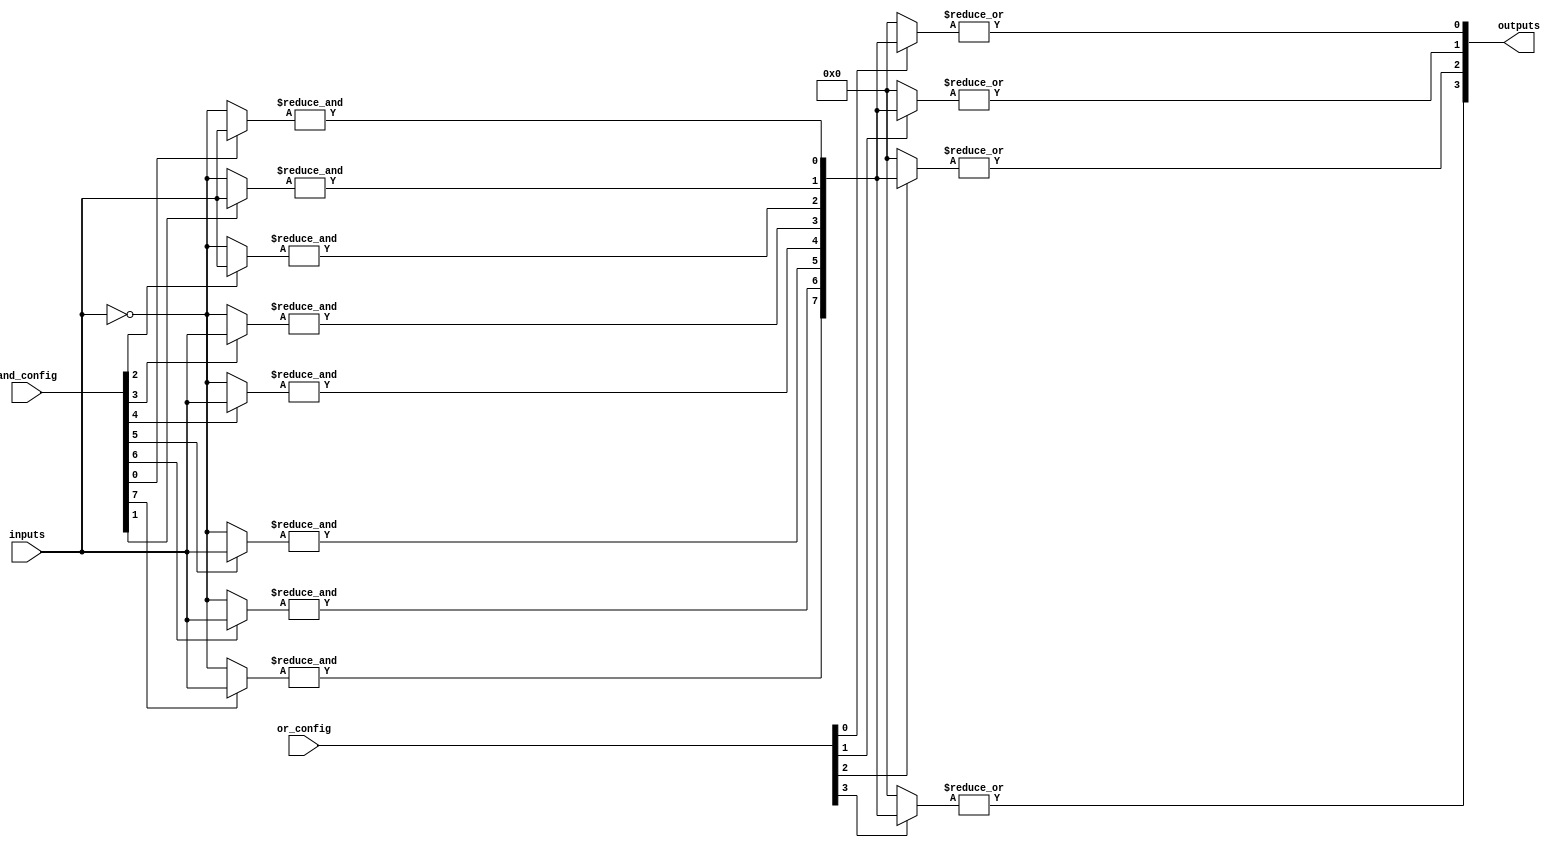
module SPAL #(
    parameter NUM_INPUTS = 4,         // Number of inputs
    parameter NUM_PRODUCT_TERMS = 8,   // Number of product terms
    parameter NUM_OUTPUTS = 4          // Number of outputs
)(
    input wire [NUM_INPUTS-1:0] inputs,                 // Input lines
    input wire [NUM_PRODUCT_TERMS-1:0] and_config,       // Configuration for AND array
    input wire [NUM_PRODUCT_TERMS-1:0] or_config,        // Configuration for OR array
    output wire [NUM_OUTPUTS-1:0] outputs                 // Output lines
);

// Internal wires for product terms
wire [NUM_PRODUCT_TERMS-1:0] product_terms;

// Generate Product Terms using programmable AND array
genvar i, j;
generate
    for (i = 0; i < NUM_PRODUCT_TERMS; i = i + 1) begin : and_array
        wire [NUM_INPUTS-1:0] term_inputs; // Control which inputs to use
        assign term_inputs = (and_config[i] == 1'b1) ? inputs : ~inputs; // Example selection logic
        
        // Generate the product term
        assign product_terms[i] = &term_inputs; // ANDing the selected inputs
    end
endgenerate

// Generate Outputs using programmable OR array
genvar k;
generate
    for (k = 0; k < NUM_OUTPUTS; k = k + 1) begin : or_array
        wire [NUM_PRODUCT_TERMS-1:0] selected_terms;
        
        // Select product terms based on or_config
        assign selected_terms = (or_config[k] == 1'b1) ? product_terms : {NUM_PRODUCT_TERMS{1'b0}};
        
        // Generate the final output for this output line
        assign outputs[k] = |selected_terms; // ORing the selected product terms
    end
endgenerate

endmodule